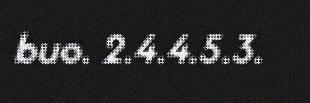
buo. 2.4.4.5.3.